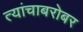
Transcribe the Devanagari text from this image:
त्यांचाबरोबर